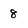
Character: 8